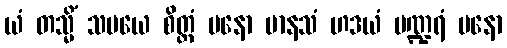
ယံ တသ္မိံ သမယေ စိတ္တံ မနော မာနသံ ဟဒယံ ပဏ္ဍရံ မနော